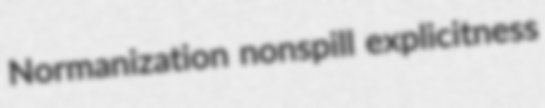
Normanization nonspill explicitness